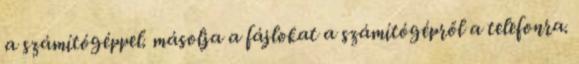
a számítógéppel. másolja a fájlokat a számítógépről a telefonra.